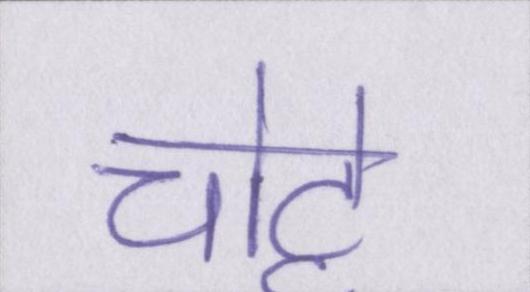
चोट्टे